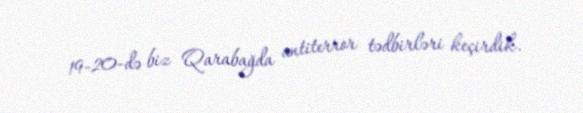
19-20-də biz Qarabağda antiterror tədbirləri keçirdik.